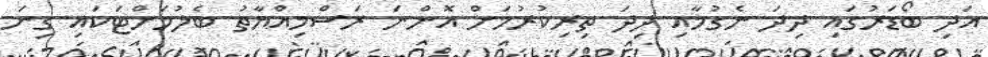
އަދި ބޯޑަރުގައި ދިދަ ނެގުމާއި ދިދަ ތިރިކުރުމަށް އޮންނަ ރަސްމިއްޔާތު ބެލުމަށްޓަކައި ގިނަ